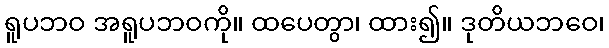
ရူပဘဝ အရူပဘဝကို။ ထပေတွာ၊ ထား၍။ ဒုတိယဘဝေ၊